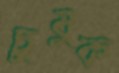
চুষুক